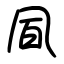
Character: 凮